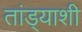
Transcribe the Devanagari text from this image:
तांड्याशी